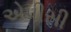
એપીસી